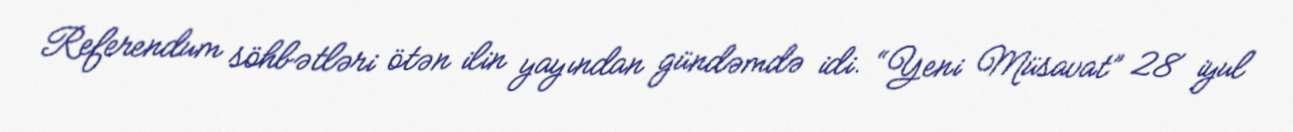
Referendum söhbətləri ötən ilin yayından gündəmdə idi. “Yeni Müsavat” 28 iyul